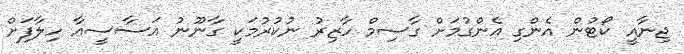
ޖިނާއީ ކޯޓުން އެންގި އެންގުމަށް ގާސިމް ހާޒިރު ނުކުރުމަކީ ގާނޫނު އަސާސީއާ ހިލާފަށް